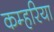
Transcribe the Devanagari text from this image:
कम्हरिया